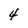
Character: 4